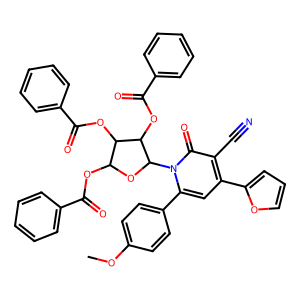
SMILES: COc1ccc(-c2cc(-c3ccco3)c(C#N)c(=O)n2C2OC(OC(=O)c3ccccc3)C(OC(=O)c3ccccc3)C2OC(=O)c2ccccc2)cc1
Inhibits HIV replication: No